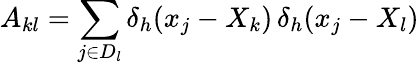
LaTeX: A_{kl}=\sum_{j\in D_{l}}\delta_{h}(x_{j}-X_{k})\, \delta_{h}(x_{j}-X_{l})